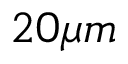
2 0 \mu m